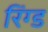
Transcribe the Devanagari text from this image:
रिंग्ड